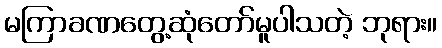
မကြာခဏတွေ့ဆုံတော်မူပါသတဲ့ ဘုရား။